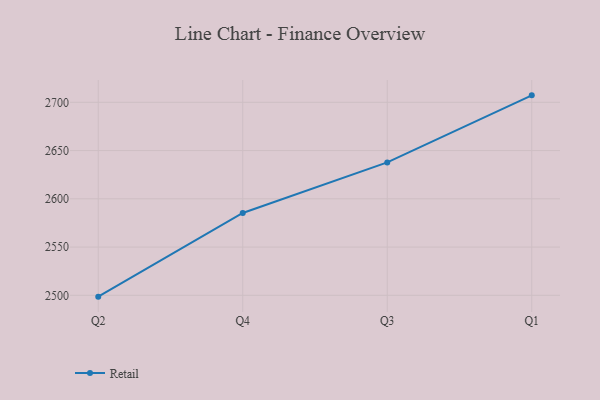
{"axis": {"x": "Quarter", "y": "LTV (USD)"}, "legend": ["Retail"], "data": [{"x": "Q2", "y": 2498.6, "type": "Retail"}, {"x": "Q4", "y": 2585.3, "type": "Retail"}, {"x": "Q3", "y": 2637.7, "type": "Retail"}, {"x": "Q1", "y": 2707.2, "type": "Retail"}]}